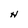
Character: H